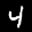
Label: 4